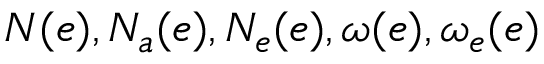
N ( e ) , N _ { a } ( e ) , N _ { e } ( e ) , \omega ( e ) , \omega _ { e } ( e )